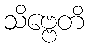
သိဗ္ဗေတိ